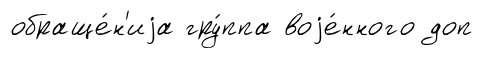
обраще́н'иjа гру́ппа воjе́нного доп